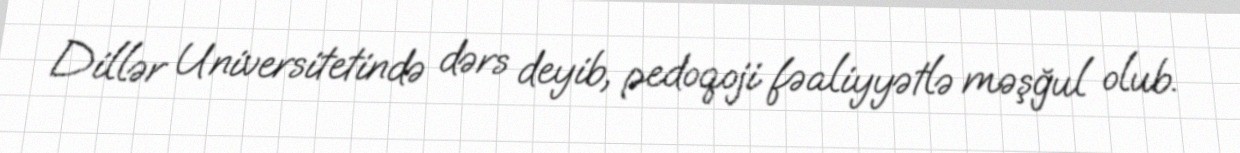
Dillər Universitetində dərs deyib, pedoqoji fəaliyyətlə məşğul olub.